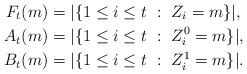
LaTeX: \begin{align*}F_t(m)&=|\{1\le i \le t\ :\ Z_i=m\}|,\\A_t(m)&=|\{1\le i \le t\ :\ Z^0_i=m\}|, \\B_t(m)&=|\{1\le i \le t\ :\ Z^1_i=m\}|.\end{align*}